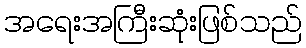
အရေးအကြီးဆုံးဖြစ်သည်